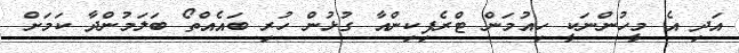
އަދި އެ މީހުންނަކީ ހިއުމަން ޓްރެފިކިންއާ ގުޅުން ހުރި ބައެއްތޯ ބަލަމުންދާ ކަމަށް